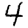
Digit: 4